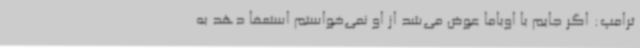
ترامپ: اگر جایم با اوباما عوض می‌شد از او نمی‌خواستم استعفا دهد به